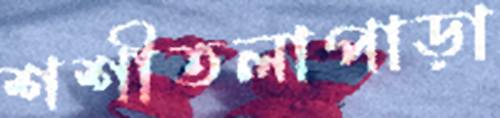
শশীতলাপাড়া